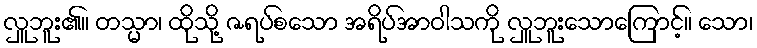
လှူဘူး၏။ တသ္မာ၊ ထိုသို့ ဇရပ်စသော အရိပ်အာဝါသကို လှူဘူးသောကြောင့်။ သော၊